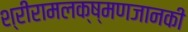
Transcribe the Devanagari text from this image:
श्रीरामलक्ष्मणजानकी